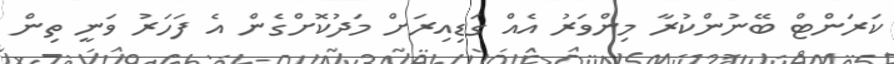
ކަރަންޓް ބޭނުންކުރާ މިންވަރު އެއް ގަޑިއިރަށް މަދުކޮށްގެން އެ ފަހަރު ވަނީ ތިން